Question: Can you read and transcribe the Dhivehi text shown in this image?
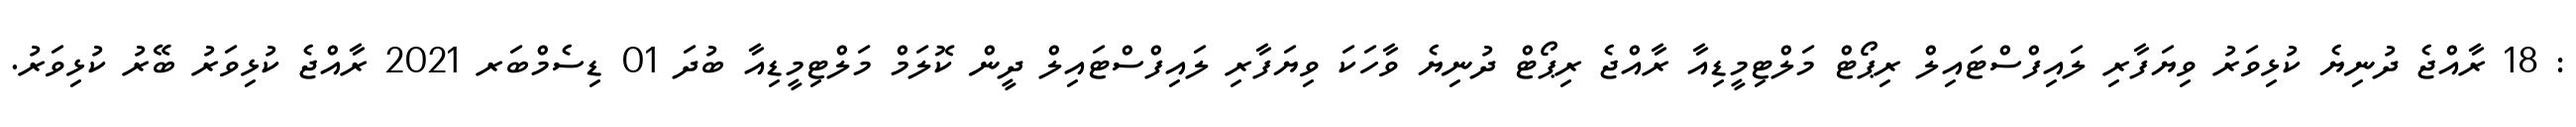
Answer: : 18 ރާއްޖެ ދުނިޔެ ކުޅިވަރު ވިޔަފާރި ލައިފްސްޓައިލް ރިޕޯޓް މަލްޓިމީޑިއާ ރާއްޖެ ރިޕޯޓް ދުނިޔެ ވާހަކަ ވިޔަފާރި ލައިފްސްޓައިލް ދީން ކޮލަމް މަލްޓިމީޑިއާ ބުދަ 01 ޑިސެމްބަރ 2021 ރާއްޖެ ކުޅިވަރު ބޭރު ކުޅިވަރު.